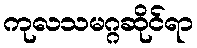
ကုလသမဂ္ဂဆိုင်ရာ